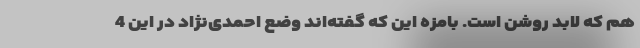
هم که لابد روشن است. بامزه این که گفته‌اند وضع احمدی‌نژاد در این 4